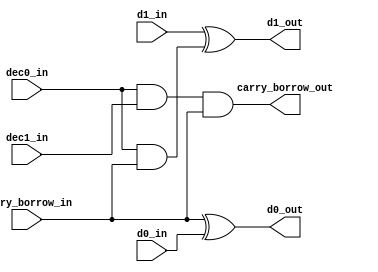
// This program was cloned from: https://github.com/ManuFerHi/N-GO
// License: GNU General Public License v3.0

// Copyright (C) 1991-2013 Altera Corporation
// Your use of Altera Corporation's design tools, logic functions 
// and other software and tools, and its AMPP partner logic 
// functions, and any output files from any of the foregoing 
// (including device programming or simulation files), and any 
// associated documentation or information are expressly subject 
// to the terms and conditions of the Altera Program License 
// Subscription Agreement, Altera MegaCore Function License 
// Agreement, or other applicable license agreement, including, 
// without limitation, that your use is for the sole purpose of 
// programming logic devices manufactured by Altera and sold by 
// Altera or its authorized distributors.  Please refer to the 
// applicable agreement for further details.

// PROGRAM		"Quartus II 64-Bit"
// VERSION		"Version 13.0.1 Build 232 06/12/2013 Service Pack 1 SJ Web Edition"
// CREATED		"Mon Oct 13 12:26:57 2014"

module inc_dec_2bit(
	carry_borrow_in,
	d1_in,
	d0_in,
	dec1_in,
	dec0_in,
	carry_borrow_out,
	d1_out,
	d0_out
);


input wire	carry_borrow_in;
input wire	d1_in;
input wire	d0_in;
input wire	dec1_in;
input wire	dec0_in;
output wire	carry_borrow_out;
output wire	d1_out;
output wire	d0_out;

wire	SYNTHESIZED_WIRE_0;




assign	SYNTHESIZED_WIRE_0 = dec0_in & carry_borrow_in;

assign	carry_borrow_out = dec0_in & dec1_in & carry_borrow_in;

assign	d1_out = d1_in ^ SYNTHESIZED_WIRE_0;

assign	d0_out = carry_borrow_in ^ d0_in;


endmodule